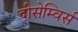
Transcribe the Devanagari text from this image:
दीसेम्विर्स